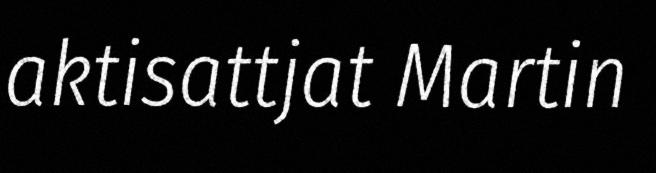
aktisattjat Martin